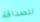
للصداقة